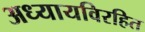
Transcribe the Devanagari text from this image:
अध्यायविरहित